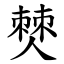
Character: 僰